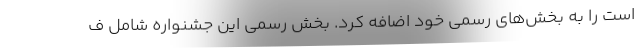
است را به بخش‌های رسمی خود اضافه کرد. بخش رسمی این جشنواره شامل ف